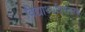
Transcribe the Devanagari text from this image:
विद्यार्थ्यांबरोबरच